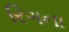
રિગના